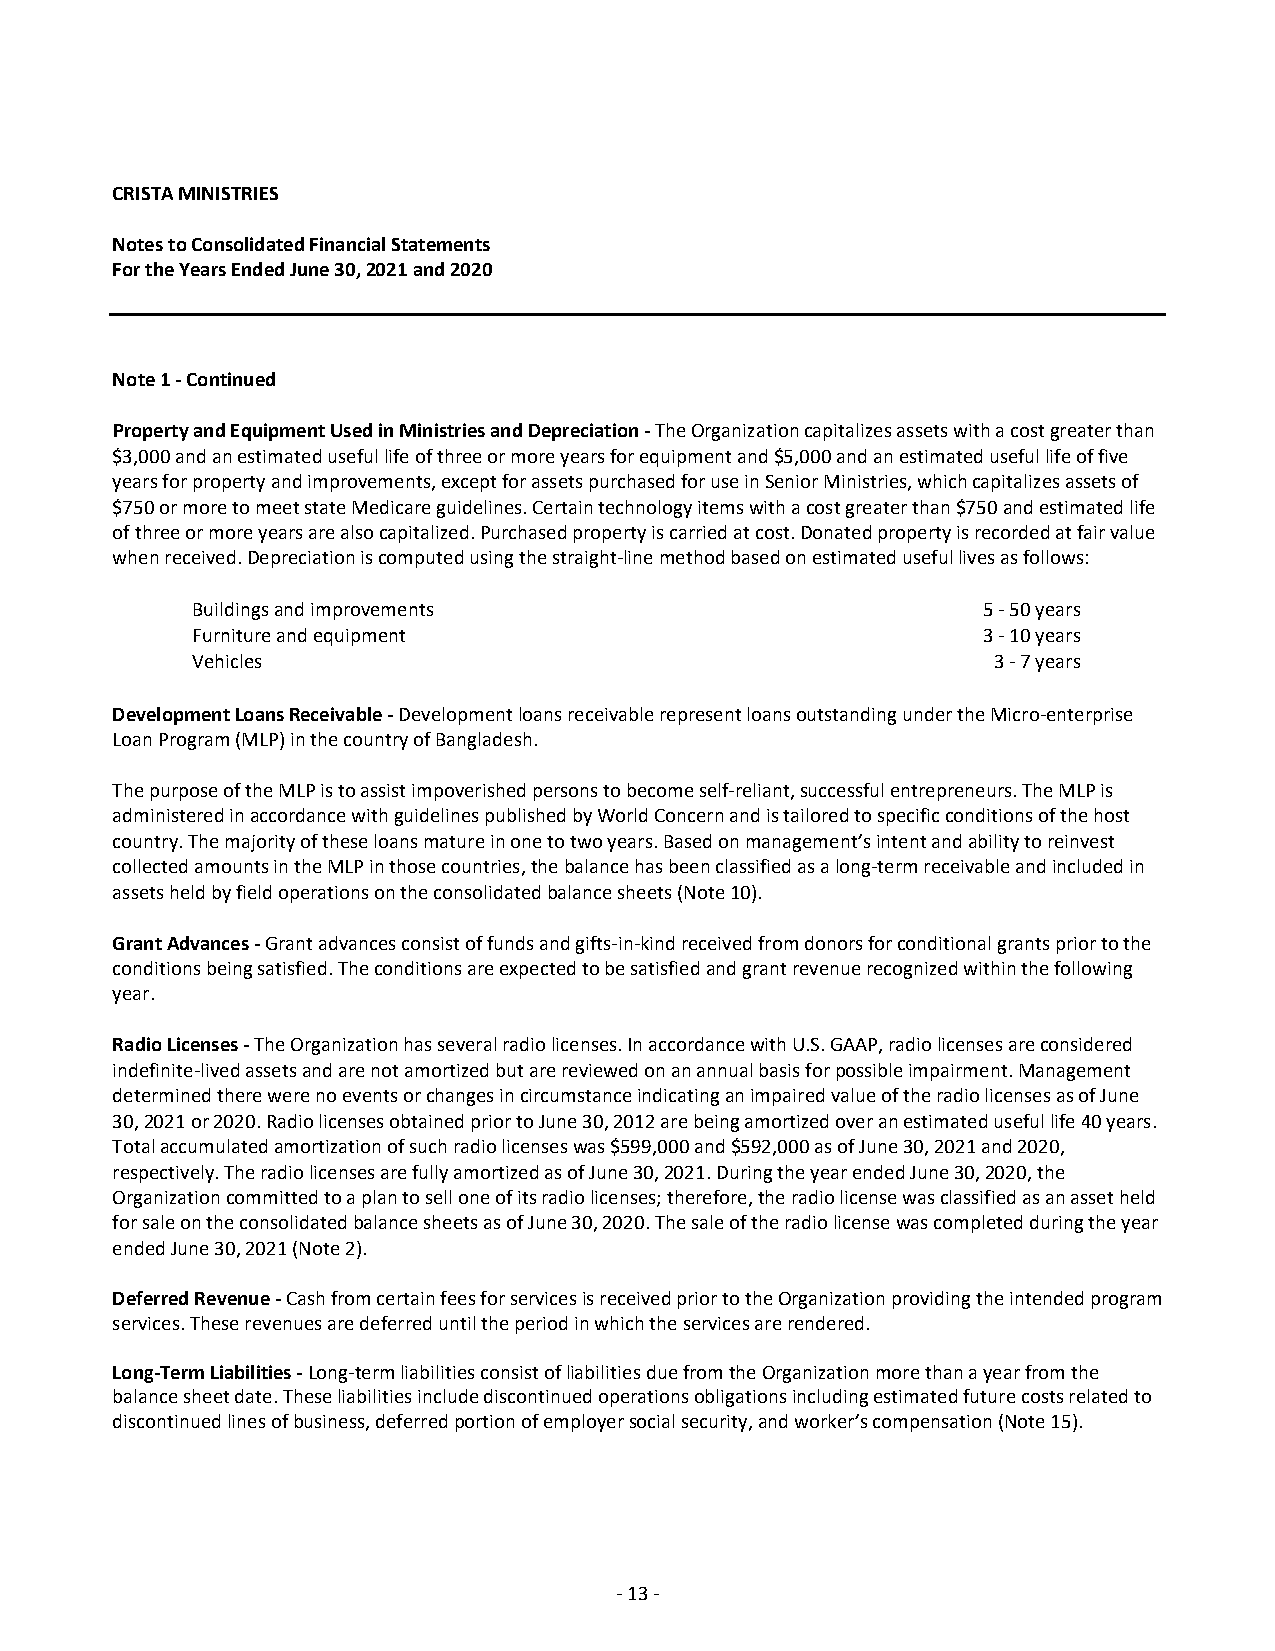
CRISTA MINISTRIES
 Notes to Consolidated Financial Statements
 For the Years Ended June 30, 2021 and 2020
 Note 1 ‐ Continued
 Property and Equipment Used in Ministries and Depreciation ‐ The Organization capitalizes assets with a cost greater than
 $3,000 and an estimated useful life of three or more years for equipment and $5,000 and an estimated useful life of five
 years for property and improvements, except for assets purchased for use in Senior Ministries, which capitalizes assets of
 $750 or more to meet state Medicare guidelines. Certain technology items with a cost greater than $750 and estimated life
 of three or more years are also capitalized. Purchased property is carried at cost. Donated property is recorded at fair value
 when received. Depreciation is computed using the straight‐line method based on estimated useful lives as follows:
 Buildings and improvements                          5 ‐ 50 years
 Furniture and equipment                             3 ‐ 10 years
 Vehicles                                             3 ‐ 7 years
 Development Loans Receivable ‐ Development loans receivable represent loans outstanding under the Micro‐enterprise
 Loan Program (MLP) in the country of Bangladesh.
 The purpose of the MLP is to assist impoverished persons to become self‐reliant, successful entrepreneurs. The MLP is
 administered in accordance with guidelines published by World Concern and is tailored to specific conditions of the host
 country. The majority of these loans mature in one to two years. Based on management’s intent and ability to reinvest
 collected amounts in the MLP in those countries, the balance has been classified as a long‐term receivable and included in
 assets held by field operations on the consolidated balance sheets (Note 10).
 Grant Advances ‐ Grant advances consist of funds and gifts‐in‐kind received from donors for conditional grants prior to the
 conditions being satisfied. The conditions are expected to be satisfied and grant revenue recognized within the following
 year.
 Radio Licenses ‐ The Organization has several radio licenses. In accordance with U.S. GAAP, radio licenses are considered
 indefinite‐lived assets and are not amortized but are reviewed on an annual basis for possible impairment. Management
 determined there were no events or changes in circumstance indicating an impaired value of the radio licenses as of June
 30, 2021 or 2020. Radio licenses obtained prior to June 30, 2012 are being amortized over an estimated useful life 40 years.
 Total accumulated amortization of such radio licenses was $599,000 and $592,000 as of June 30, 2021 and 2020,
 respectively. The radio licenses are fully amortized as of June 30, 2021. During the year ended June 30, 2020, the
 Organization committed to a plan to sell one of its radio licenses; therefore, the radio license was classified as an asset held
 for sale on the consolidated balance sheets as of June 30, 2020. The sale of the radio license was completed during the year
 ended June 30, 2021 (Note 2).
 Deferred Revenue ‐ Cash from certain fees for services is received prior to the Organization providing the intended program
 services. These revenues are deferred until the period in which the services are rendered.
 Long‐Term Liabilities ‐ Long‐term liabilities consist of liabilities due from the Organization more than a year from the
 balance sheet date. These liabilities include discontinued operations obligations including estimated future costs related to
 discontinued lines of business, deferred portion of employer social security, and worker’s compensation (Note 15).
 ‐ 13 ‐